Papers set at the Examination for Leaving Certificates, 1893
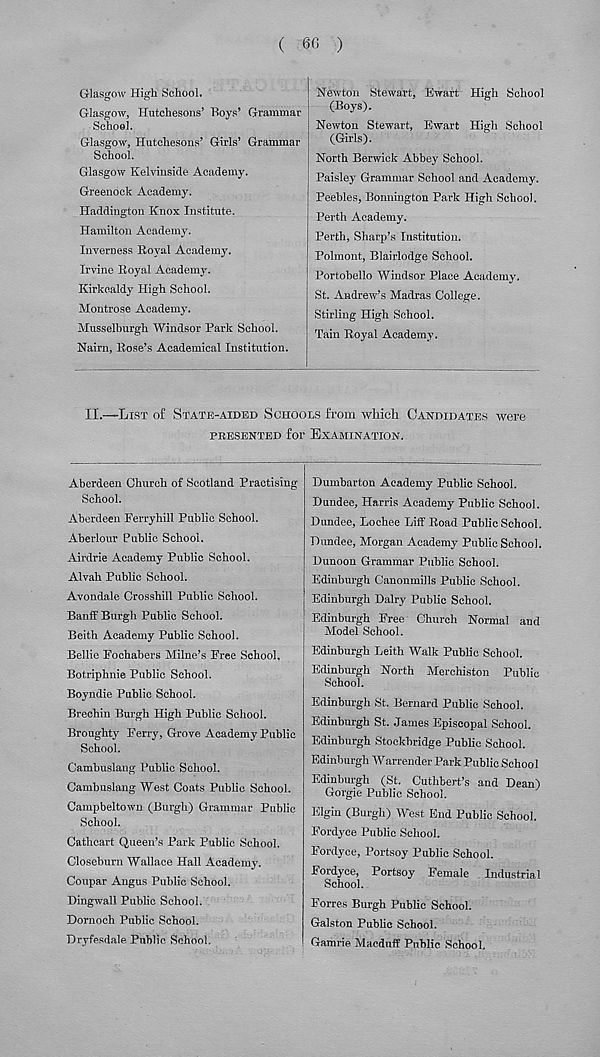
( 6(S )
Glasgow High School.
Glasgow, Hutchesons’ Boys’ Grammar
School.
Glasgow, Hutchesons’ Girls’ Grammar
School.
Glasgow Kelvinside Academy.
Greenock Academy.
Haddington Knox Institute.
Hamilton Academy.
Inverness Royal Academy.
Irvine Royal Academy.
Kirkcaldy High School.
Montrose Academy.
Musselburgh Windsor Park School.
Nairn, Rose’s Academical Institution.
Newton Stewart, Ewart High School
(Boys).
Newton Stewart, Ewart High School
(Girls).
North Berwick Abbey School.
Paisley Grammar School and Academy.
Peebles, Bonnington Park High School.
Perth Academy.
Perth, Sharp’s Institution.
Polmont, Blairlodge School.
Portobello Windsor Place Academy.
St. Andrew’s Madras College.
Stirling High School.
Tain Royal Academy.
II.—List of State-aided Schools from which Candidates were
PRESENTED for EXAMINATION.
Aberdeen Church of Scotland Practising
School.
Aberdeen Ferryhill Public School.
Aberlour Public School.
Airdrie Academy Public School.
Alvah Public School.
Avondale Crosshill Public School.
Banff Burgh Public School.
Beith Academy Public School.
Bellie Fochabers Milne’s Free School,
Botriphnie Public School.
Boyndie Public School.
Brechin Burgh High Public School.
Broughty Ferry, Grove Academy Public
School.
Gambuslaug Public School.
Cambuslang West Coats Public School.
Campbeltown (Burgh) Grammar Public
School.
Cathcart Queen’s Park Public School.
Closeburn Wallace Hall Academy.
Coupar Angus Public School.
Dingwall Public School.
Dornoch Public School.
Dryfesdale Public School.
Dumbarton Academy Public School.
Dundee, Harris Academy Public School.
Dundee, Lochee Liff Road Public School.
Dundee, Morgan Academy Public School.
Dunoon Grammar Public School.
Edinburgh Canonmills Public School.
Edinburgh Dairy Public School.
Edinburgh Free Church Normal and
Model School.
Edinburgh Leith Walk Public School.
Edinburgh North Merchiston Public
School.
Edinburgh St. Bernard Public School.
Edinburgh St. James Episcopal School.
Edinburgh Stockbridge Public School.
Edinburgh Warreuder Park Public School
Edinburgh (St. Cuthbert’s and Dean)
Gorgie Public School.
Elgin (Burgh) West End Public School.
Fordyce Public School.
Fordyce, Portsoy Public School.
Fordyce, Portsoy Female Industrial
School.
Forres Burgh Public School.
Galston Public School.
Gamrie Macduff Public School,